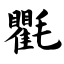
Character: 氍